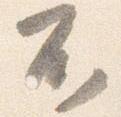
不